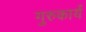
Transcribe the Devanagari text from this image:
गुरुकार्यं